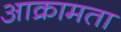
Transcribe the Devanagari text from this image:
आक्रामता